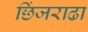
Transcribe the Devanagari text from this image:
छिंजराढा